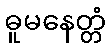
ဓူမနေတ္တံ